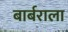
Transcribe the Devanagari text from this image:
बार्बराला